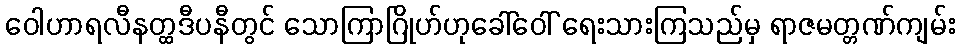
ဝေါဟာရလီနတ္ထဒီပနီတွင် သောကြာဂြိုဟ်ဟုခေါ်ဝေါ် ရေးသားကြသည်မှ ရာဇမတ္တဏ်ကျမ်း